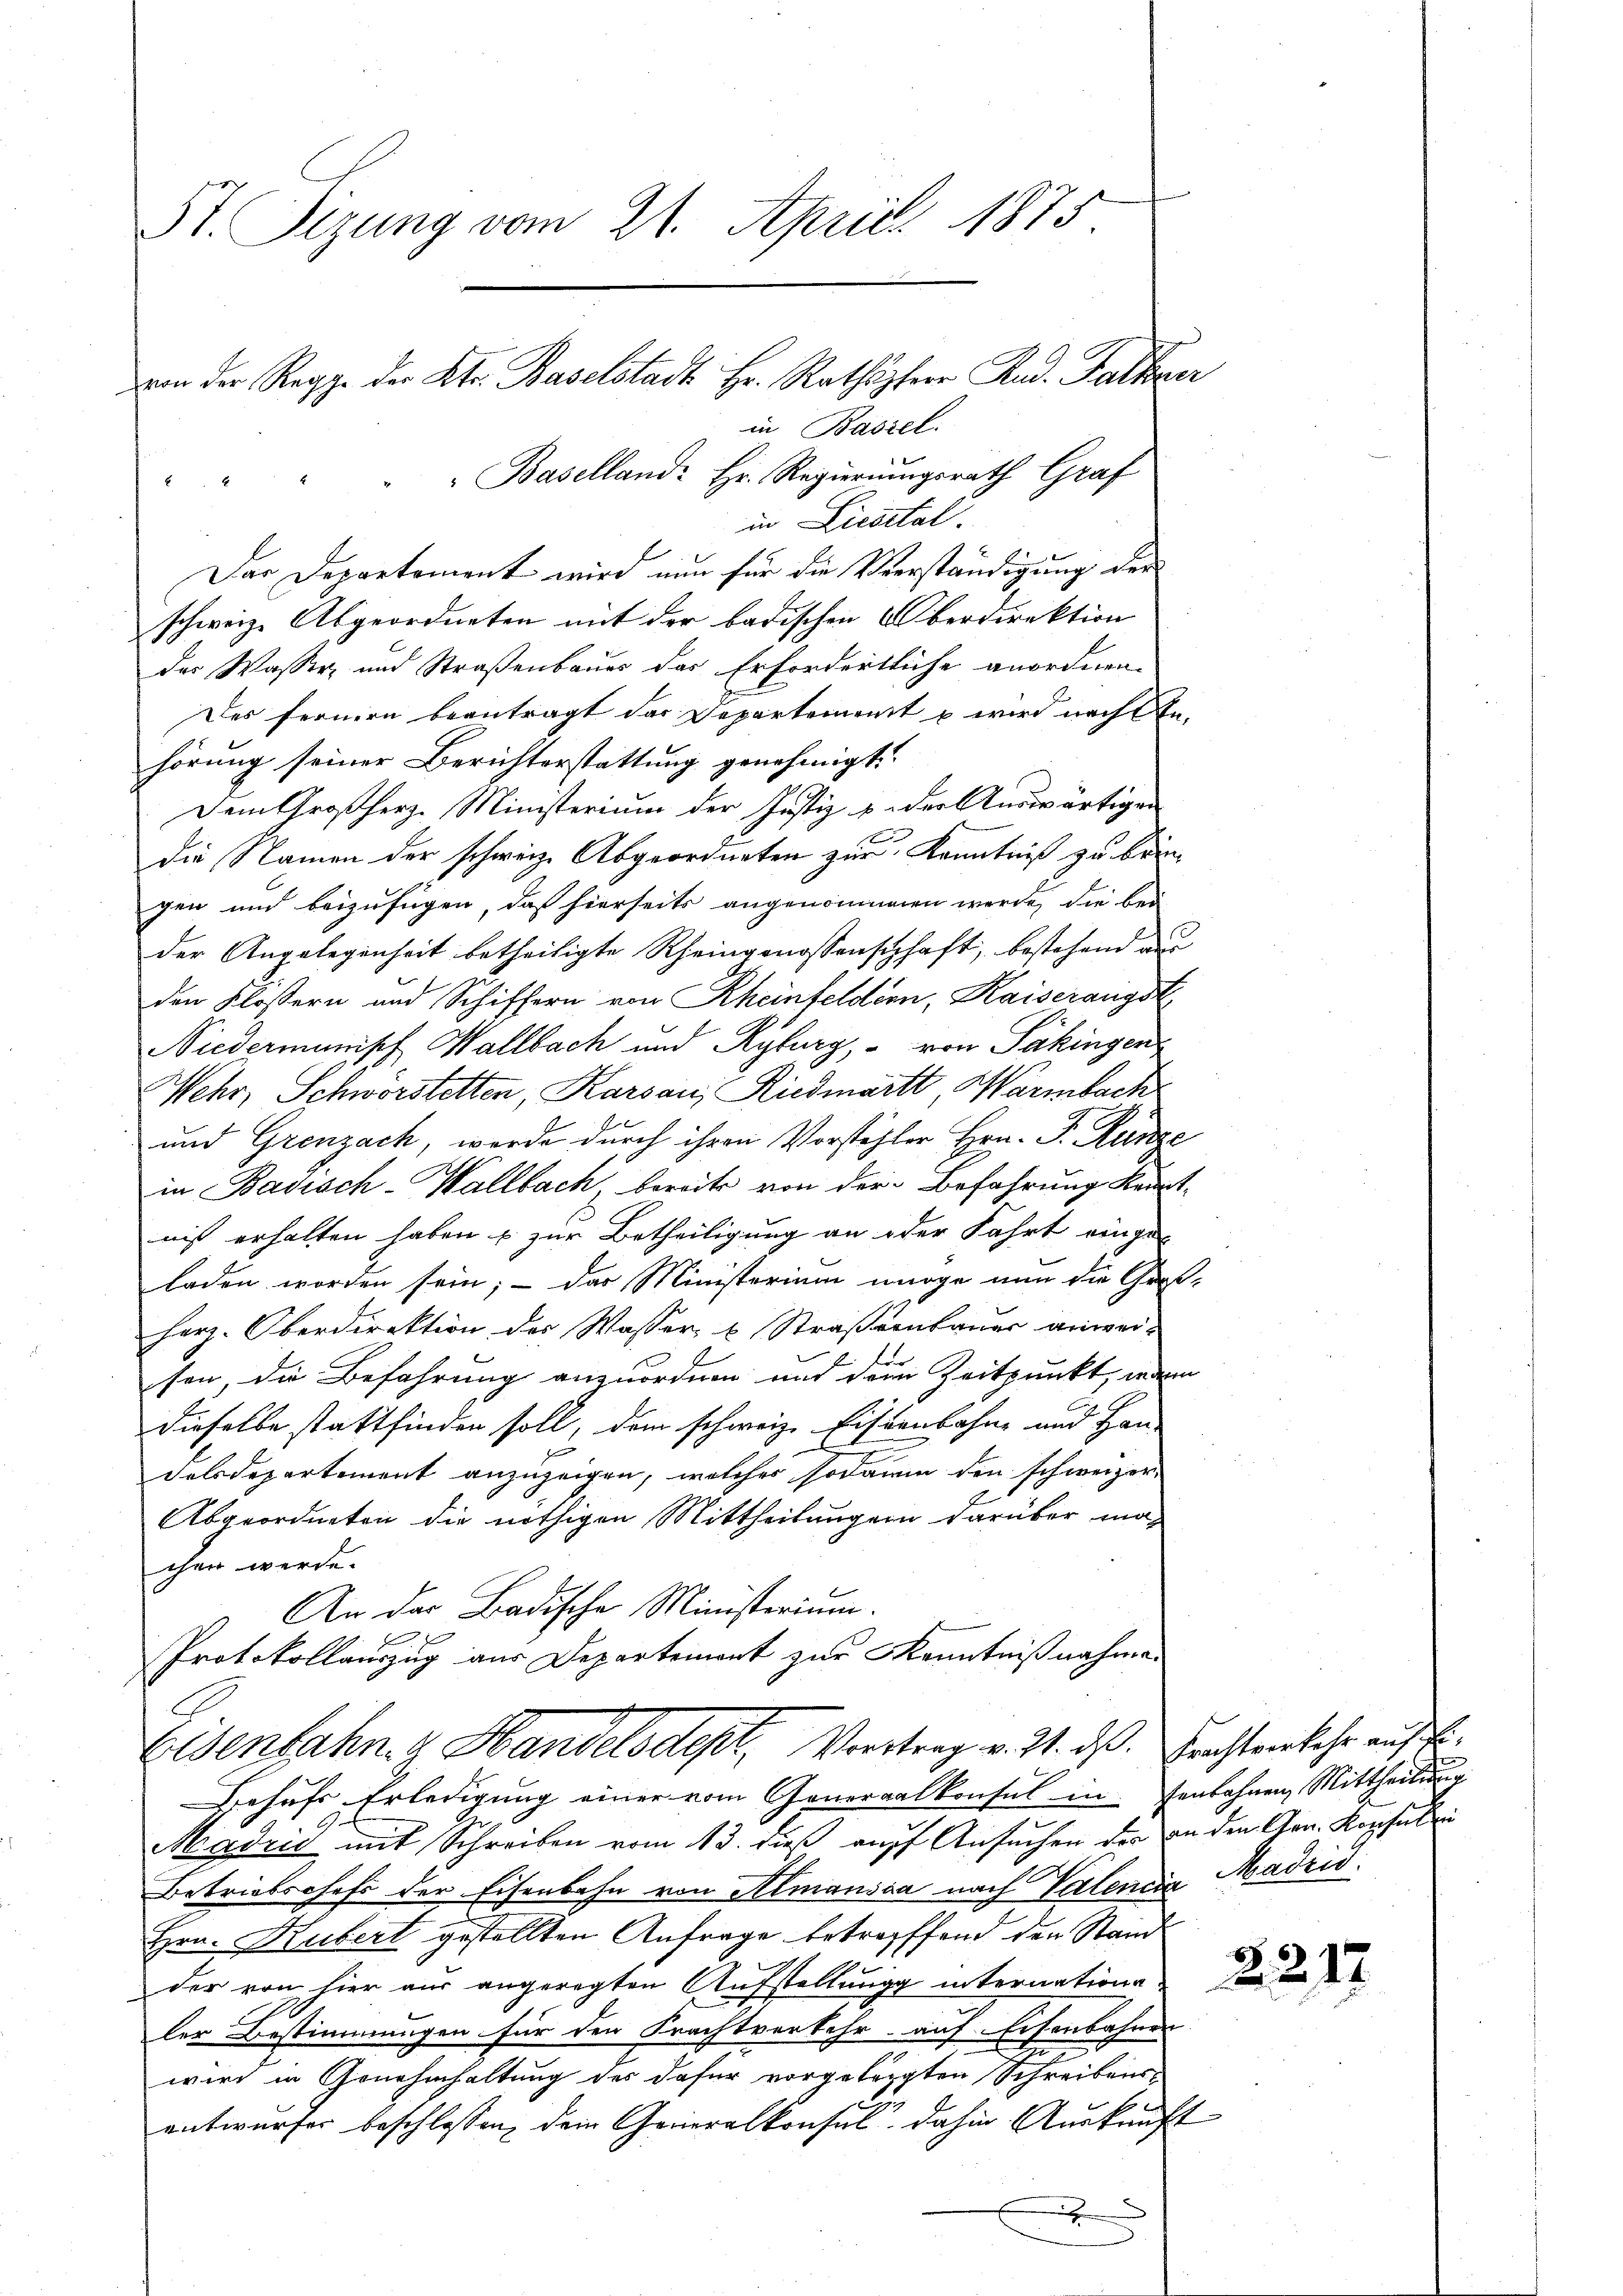
St. Sizung vom 21. April 1875
von der Regg. der Kt. Baselstadt Hr. Rathsherr Rud. Falkner

in Basiel:
"Baselland: Hr. Regierungsrath Graf

in Licital.
Dar Departement wird nun für die Verständigung der
schweize Abgeordneten mit der badischen Oberdirektion
der Wasser- und Straßenbaues das Erfordertliche anordnen.
Des fernern beantragt das Departement u wird nach An-
hörung seiner Berichterstattung genehmigt.
Dem Großherz. Ministerium der Justiz u. der Auswärtigen
die Namen der schweiz. Abgeordneten zur Kenntniß zu bringen und beizufügen, daß hierseits angenommenen werde, die bei
der Angelegenheit betheiligte Rheingenossenschaft, bestehend aus
den Flossern und Schiffern von Rheinfeldern, Kaiserangst,
Niedermanisch Wallbach und Ryburg, – von Säkingen
ehr, Schwörstetten, Karsau, Riedmatt, Warmbach
und Grenzach, wurde durch ihren Vorstehler Hrn. F. Kunze
in Badisch-Wallbach, bereits von der Befahrung kenntnist erhalten haben & zur Betheiligung an oder Fahrt einge-
laden worden sein; - das Ministerium möge nun die Groß-
herz. Oberdirektion des Wasser, 6 Straßenbauer anwei-
sen, die Befahrung anzuordnen und den Zeitpunkt, we
dieselbe stattfinden soll, dem schweiz. Eisenbahne und Han-
Folsdepartement anzuzeigen, welches sodann den schweizer-
Abgeordneten die nöthigen Mittheilungen darüber mag
chen werde.
An der Badische Ministerium.
f
Protokollauszug aus Departemont zur Kenntnißnahmen
Eisenbahn & Handelsdept, Vortrag v. 24. ds. Frachtverkehr auf Er¬
Behufs Erledigung einer vom Generalkonsul in senbahnen Mittheilung
Madrid mit Schreiben vom 13. dieß auf Ansuchen der an den Arn. Konsulen
Betriebschaft der Eisenbahn von Almansia nach Valencia Madrid
Hrn. Hubert gestellten Anfrage betreffend der Stand
der von hier aus angeregten Aufstellung internatione
ler Bestimmungen für den Frachtverkehr auf Eisenbahner
wird in Genehmhaltung des dafür vorgelegten Schreibens-
entwurfes beschlossen, dem Generalkonsul dahin Auskunft
f